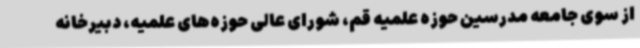
از سوی جامعه مدرسین حوزه علمیه قم، شورای عالی حوزه‌های علمیه، دبیرخانه